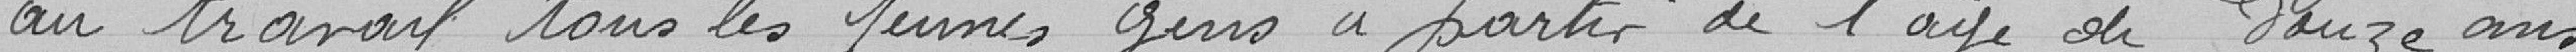
au travail tous les jeunes gens à partir de l'age de Douze ans